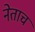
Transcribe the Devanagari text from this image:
नेताच